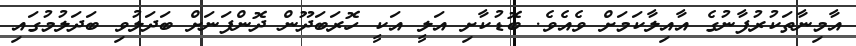
އާމިނާތަކުރުފާނުގެ އާއިލާކަމަށް ވެއެވެ. ބޮޑުކާށި އަލީ އަކީ ހޮރަބަދޫން ދޮންފަނަށް ބަދަލުވި ބަދަލުމުގައި